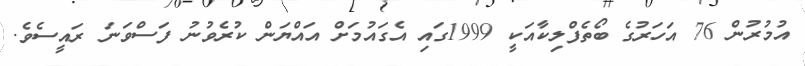
އުމުރުން 76 އަހަރުގެ ބޯތެފްލިކާއަކީ 1999ގައި އެގައުމަށް އައްޔަން ކުރެވުނު ފަސްވަނަ ރައީސެވެ.